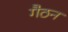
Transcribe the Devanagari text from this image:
गैठन